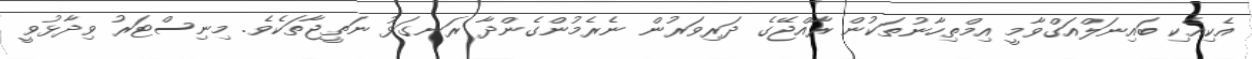
އެކިއެކި ބައިނަލްއަގްވާމީ އިމްތިހާނުތަކުން ރާއްޖޭގެ ދަރިވަރުން ނެރެމުންގެންދާ ރަނގަޅު ނަތީޖާތަކެވެ. މިނިސްޓަރު ވިދާޅުވީ